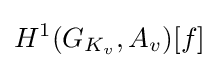
H^{1}(G_{K_{v}},A_{v})[f]